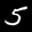
Label: 5